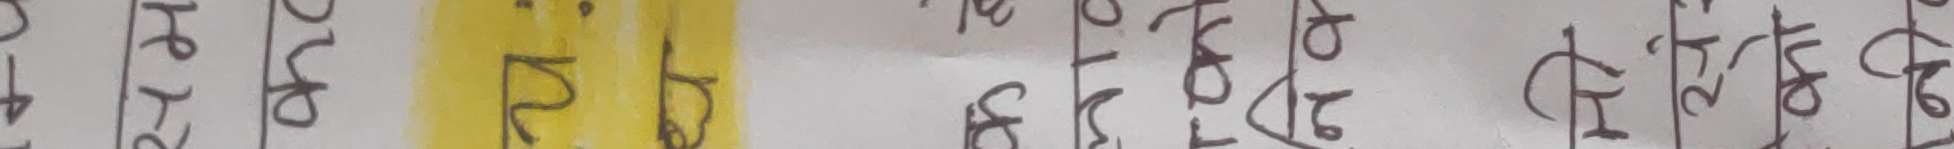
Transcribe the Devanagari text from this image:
यो हो